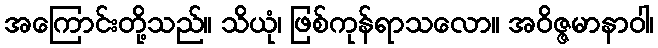
အကြောင်းတို့သည်။ သိယုံ၊ ဖြစ်ကုန်ရာသလော။ အဝိဇ္ဇမာနာဝါ၊